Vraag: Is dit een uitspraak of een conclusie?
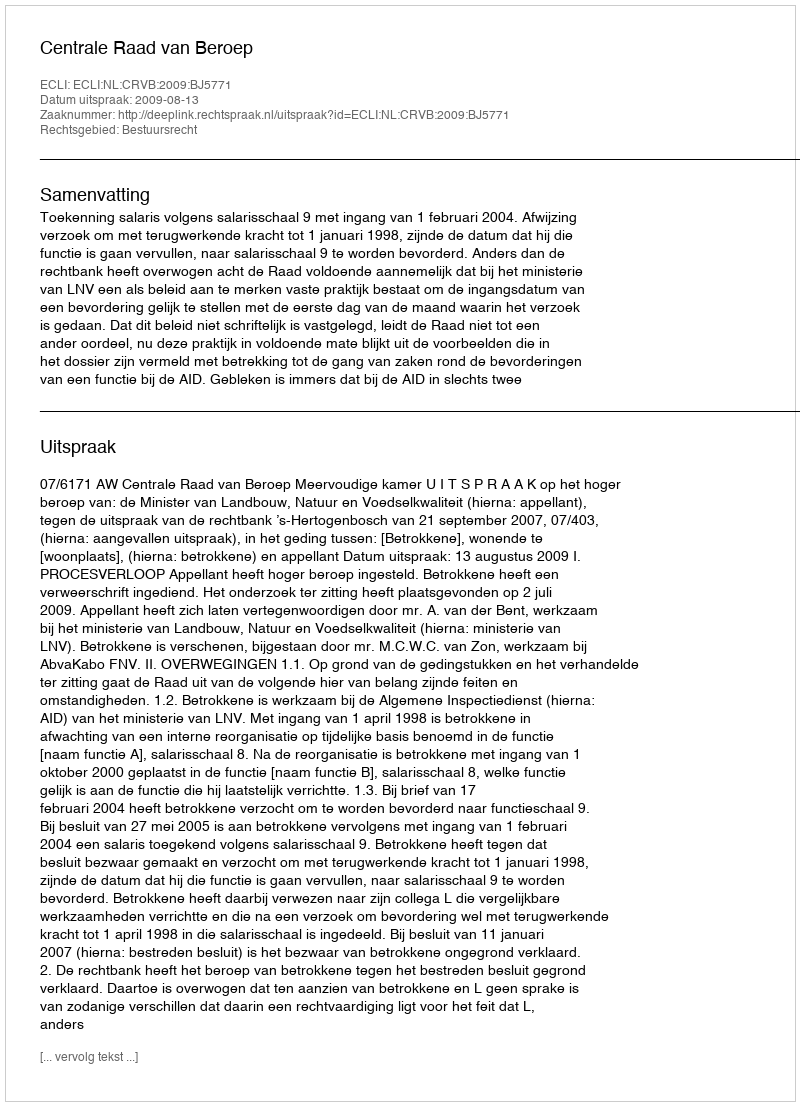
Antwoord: Uitspraak